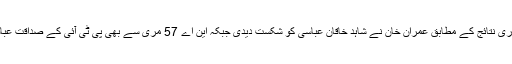
این اے 53 اسلام آباد: غیر حتمی اور غیر سرکاری نتائج کے مطابق عمران خان نے شاہد خاقان عباسی کو شکست دیدی جبکہ این اے 57 مری سے بھی پی ٹی آئی کے صداقت عباسی سابق وزیراعظم شاہد خاقان عباسی کو ہرایا۔